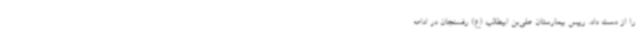
را از دست داد. رییس بیمارستان علی‌بن ابیطالب (ع) رفسنجان در ادامه